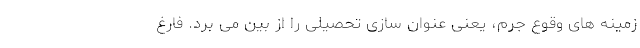
زمینه های وقوع جرم، یعنی عنوان سازی تحصیلی را از بین می برد. فارغ